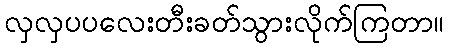
လှလှပပလေးတီးခတ်သွားလိုက်ကြတာ။